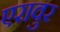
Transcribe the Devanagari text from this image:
एरावुर